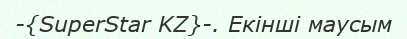
-{SuperStar KZ}-. Екінші маусым